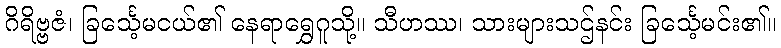
ဂိရိဗ္ဗဇံ၊ ခြင်္သေ့မငယ်၏ နေရာရွှေဂူသို့။ သီဟဿ၊ သားများသဌ်နင်း ခြင်္သေ့မင်း၏။